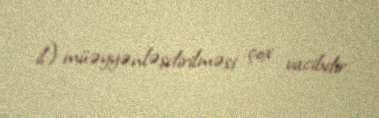
il) müəyyənləşdirilməsi çox vacibdir.